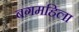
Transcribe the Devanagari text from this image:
बगमहिला